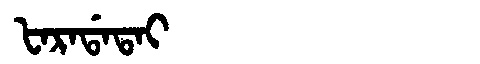
Manchu: ᡶᠠᡵᠠᡩᠠᡨᠠᡳ
Romanization: FARADATAI